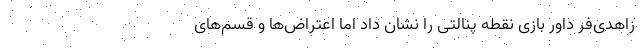
زاهدی‌فر داور بازی نقطه پنالتی را نشان داد اما اعتراض‌ها و قسم‌های